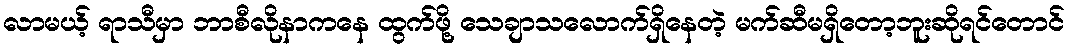
လာမယ့် ရာသီမှာ ဘာစီလိုနာကနေ ထွက်ဖို့ သေချာသလောက်ရှိနေတဲ့ မက်ဆီမရှိတော့ဘူးဆိုရင်တောင်